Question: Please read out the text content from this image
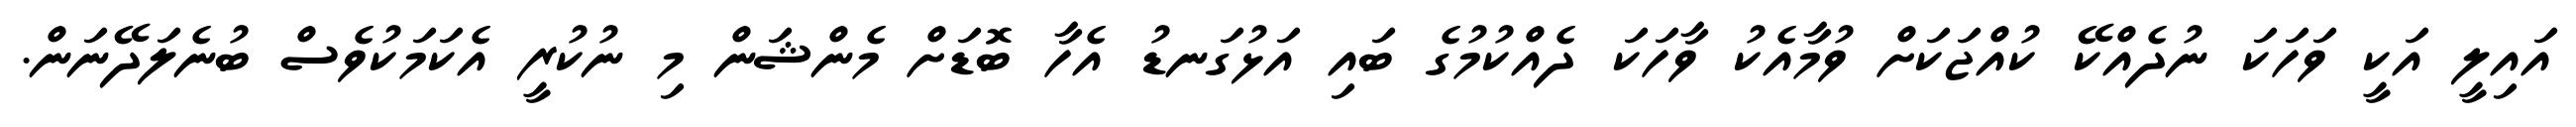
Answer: އައިލީ އަކީ ވަހަކަ ނުދެއްކޭ ކުއްޖަކަށް ވުމާއެކު ވާހަކަ ދެއްކުމުގެ ބައި އަޅުގަނޑު އެހާ ބޮޑަށް މެންޝަން މި ނުކުރީ އެކަމަކުވެސް ބުނެލަދޭނަން.